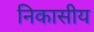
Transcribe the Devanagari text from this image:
निकासीय